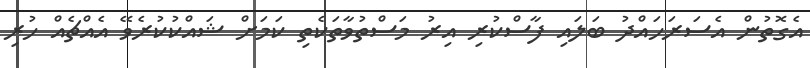
އެގޮތުން އެސަރަހައްދު ބަލައި ފާސްކުރި އިރު މަސްތުވާތަކެތި ކަމަށް ޝައްކުކުރެވޭ އެއްޗެއް ހުރި